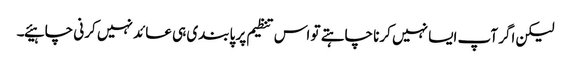
لیکن اگر آپ ایسا نہیں کرنا چاہتے تو اس تنظیم پر پابندی ہی عائد نہیں کرنی چاہیئے۔